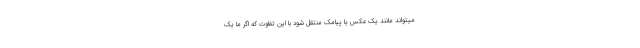
میتواند مانند یک عکس یا پیامک منتقل شود با این تفاوت که اگر ما یک